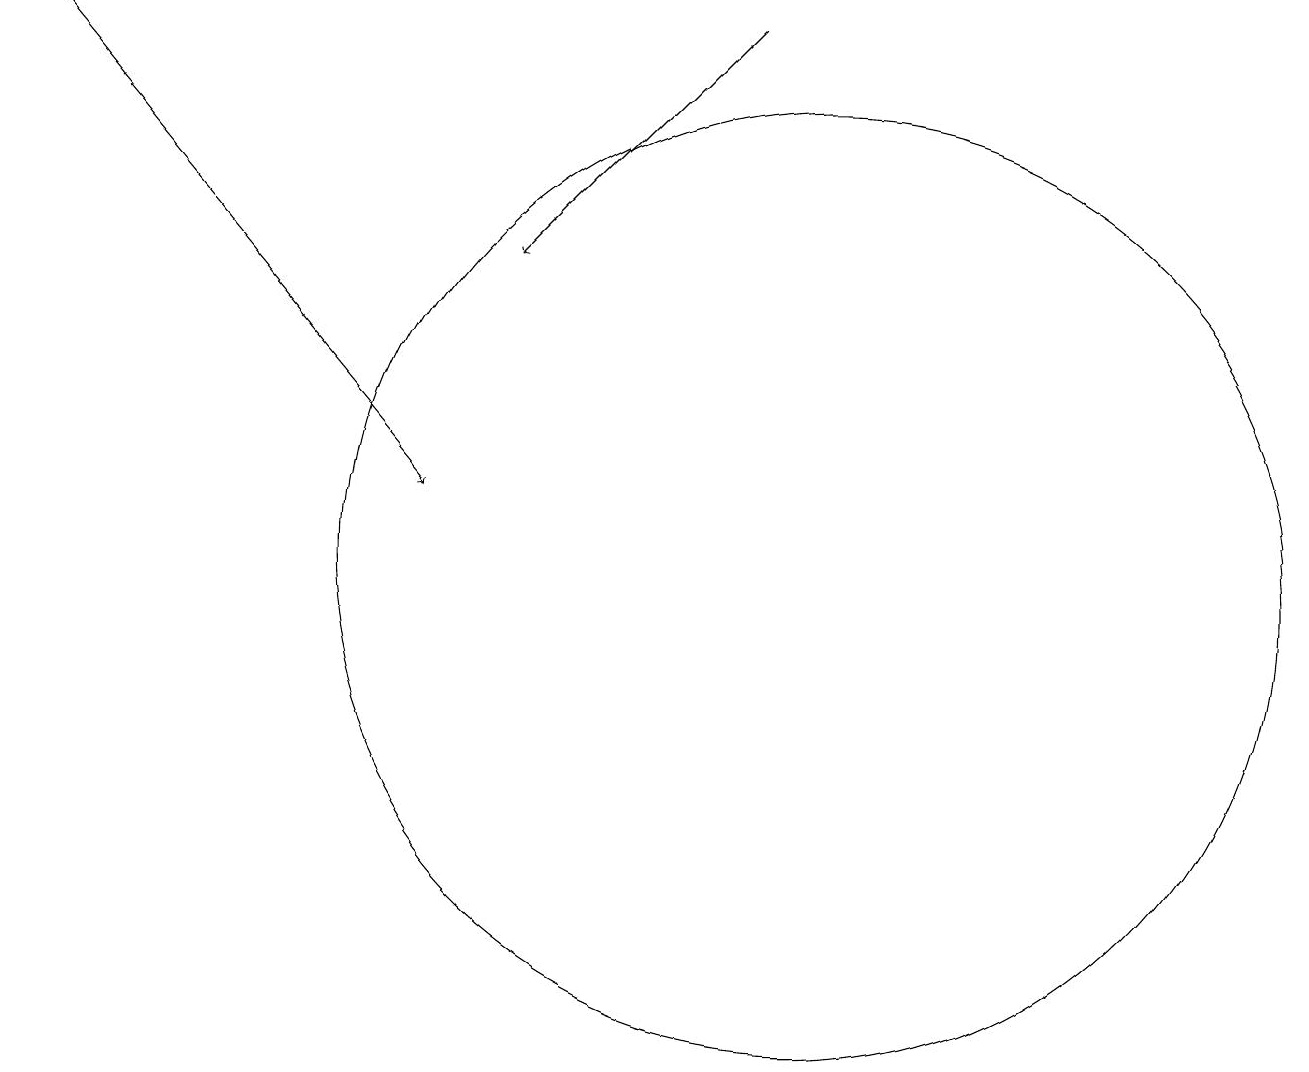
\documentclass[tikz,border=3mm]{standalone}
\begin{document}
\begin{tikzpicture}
\draw (10,10) circle (6);
\draw[->] (0,17) -- (5,11);
\draw[->] (9,17) -- (6,14);
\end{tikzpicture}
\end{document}